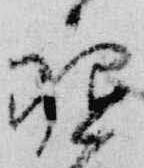
祗